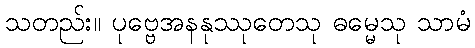
သတည်း။ ပုဗ္ဗေအနနုဿုတေသု ဓမ္မေသု သာမံ